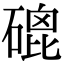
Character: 磇